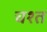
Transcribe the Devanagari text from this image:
चश्त